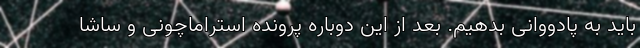
باید به پادووانی بدهیم. بعد از این دوباره پرونده استراماچونی و ساشا